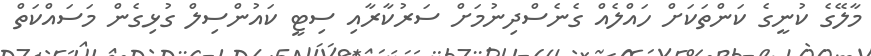
މާލޭގެ ކުނީގެ ކަންތަކަށް ހައްލެއް ގެނެސްދިނުމަށް ސަރުކާރާއި ސިޓީ ކައުންސިލް ގުޅިގެން މަސައްކަތް